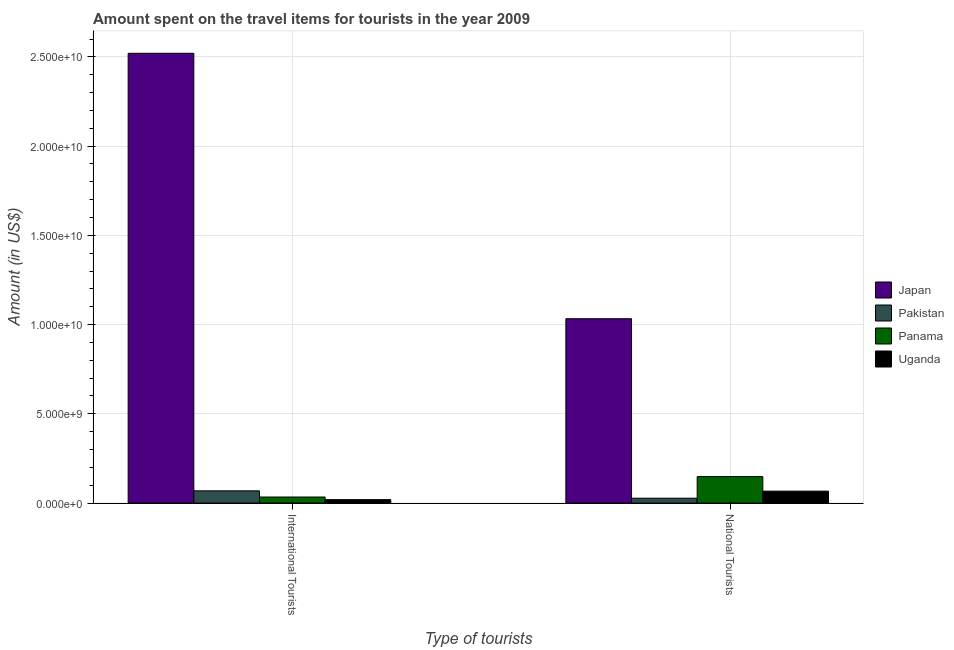
| Type of tourists | Japan | Pakistan | Panama | Uganda |
 | --- | --- | --- | --- | --- |
 | International Tourists | 2.52e+10 | 6.85e+08 | 3.38e+08 | 1.92e+08 |
 | National Tourists | 1.03e+10 | 2.72e+08 | 1.48e+09 | 6.67e+08 |